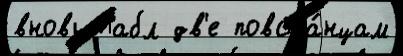
вновь табл дв'е повста́нцам